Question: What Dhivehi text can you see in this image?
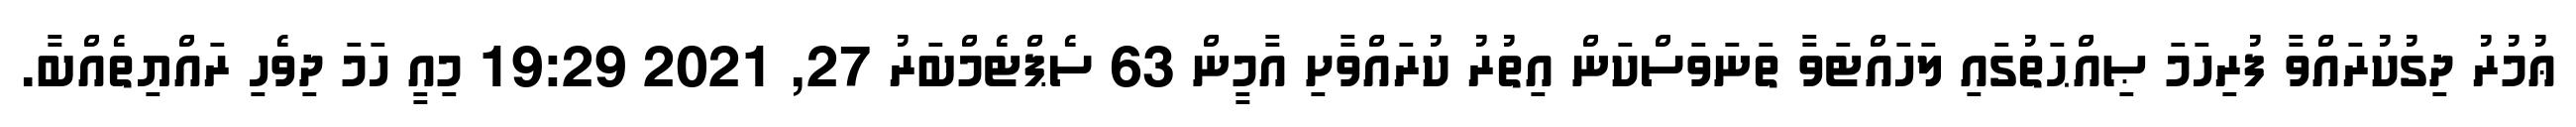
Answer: ޢުމުރު ދިގުކުރައްވާ ފުރިހަމަ ޞިއްޙަތުގައި ލަހައްޓަވާ ތަނަވަސްކަން އިތުރު ކުރައްވާށި އާމީން 63 ސެޕްޓެމްބަރު 27, 2021 19:29 މިއީ ހަމަ ދިވެހި ރައްޔިތެއްބާ.